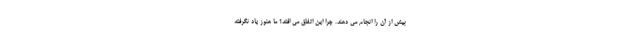
بیش از آن را انجام می دهند. چرا این اتفاق می افتد؟ ما هنوز یاد نگرفته